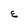
Character: E